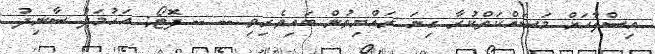
އިސްލާހަށް މަސައްކަތްކުރާ ގިނަ ރައްޔިތުން ބައިވެރިވި -- -- ފޮޓޯ: އަހުމަދު ސާނިދު